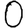
Digit: 0